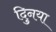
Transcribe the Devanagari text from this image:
दुिनया